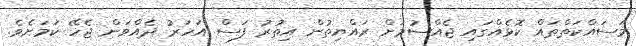
މަސައްކަތްތައް ކޮޅެއްގައި ޖެއްސުމަށް ރައްޔިތުން އިތުރު ފަސް އަހަރު ދެއްވަން ޖެހޭ ކަމަށެވެ.